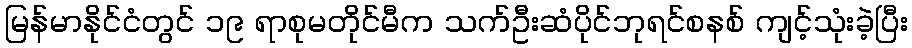
မြန်မာနိုင်ငံတွင် ၁၉ ရာစုမတိုင်မီက သက်ဦးဆံပိုင်ဘုရင်စနစ် ကျင့်သုံးခဲ့ပြီး